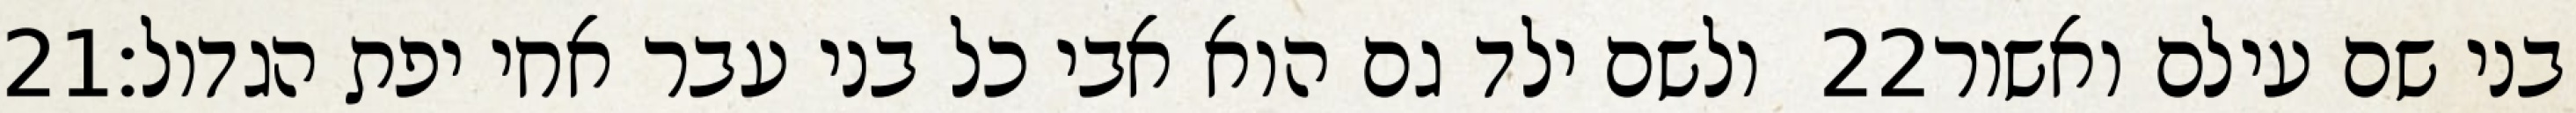
‎21‏ ולשם ילד גם הוא אבי כל בני עבר אחי יפת הגדול׃ ‎22‏ בני שם עילם ואשור